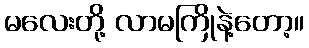
မလေးတို့ လာမကြိုနဲ့တော့။